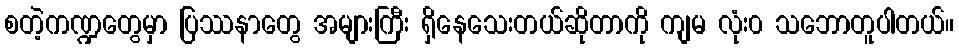
စတဲ့ကဏ္ဍတွေမှာ ပြဿနာတွေ အများကြီး ရှိနေသေးတယ်ဆိုတာကို ကျမ လုံး၀ သဘောတူပါတယ်။